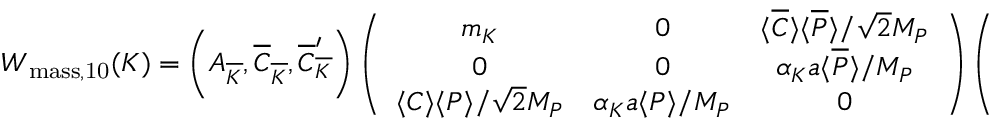
W _ { \mathrm { m a s s , 1 0 } } ( K ) = \left( A _ { \overline { { { K } } } } , \overline { { { C } } } _ { \overline { { { K } } } } , \overline { { { C } } } _ { \overline { { { K } } } } ^ { \prime } \right) \left( \begin{array} { c c c } { { m _ { K } } } & { { 0 } } & { { \langle \overline { { { C } } } \rangle \langle \overline { { { P } } } \rangle / \sqrt { 2 } M _ { P } } } \\ { { 0 } } & { { 0 } } & { { \alpha _ { K } a \langle \overline { { { P } } } \rangle / M _ { P } } } \\ { { \langle C \rangle \langle P \rangle / \sqrt { 2 } M _ { P } } } & { { \alpha _ { K } a \langle P \rangle / M _ { P } } } & { { 0 } } \end{array} \right) \left( \begin{array} { c } { { A _ { K } } } \\ { { C _ { K } } } \\ { { C _ { K } ^ { \prime } } } \end{array} \right) .